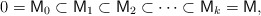
\begin{align*}0 = \mathsf M_0 \subset \mathsf M_1 \subset \mathsf M_2 \subset \dots \subset \mathsf M_k = \mathsf M,\end{align*}